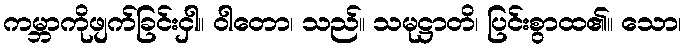
ကမ္ဘာကိုဖျက်ခြင်းငှါ။ ဝါတော၊ သည်။ သမုဋ္ဌာတိ၊ ပြင်းစွာထ၏။ သော၊